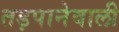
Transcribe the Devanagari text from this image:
तड़पानेवाली